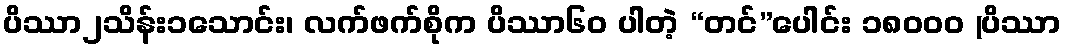
ပိဿာ၂သိန်း၁သောင်း၊ လက်ဖက်စိုက ပိဿာ၆၀ ပါတဲ့ “တင်”ပေါင်း ၁၈၀၀၀ (ပိဿာ